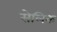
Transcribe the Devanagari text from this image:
सेलिक